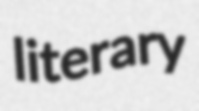
literary